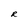
Character: R